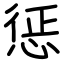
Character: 惩